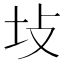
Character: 𪢺